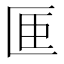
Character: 𪟭